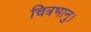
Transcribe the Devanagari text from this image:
चित्रभानु।